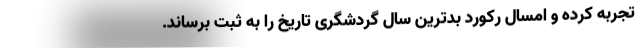
تجربه کرده و امسال رکورد بدترین سال گردشگری تاریخ را به ثبت برساند.